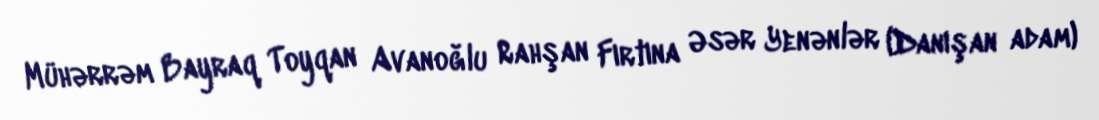
Mühərrəm Bayraq Toyqan Avanoğlu Rahşan Fırtına Əsər Yenənlər (Danışan adam)